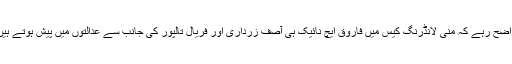
واضح رہے کہ منی لانڈرنگ کیس میں فاروق ایچ نائیک ہی آصف زرداری اور فریال تالپور کی جانب سے عدالتوں میں پیش ہوتے ہیں۔